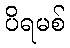
ပိရမစ်